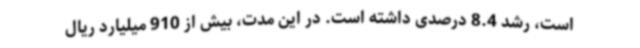
است، رشد 8.4 درصدی داشته است. در این مدت، بیش از 910 میلیارد ریال